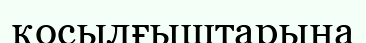
қосылғыштарына